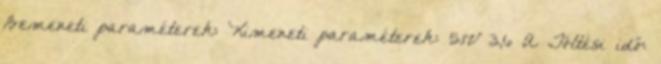
Bemeneti paraméterek: Kimeneti paraméterek: 5.1V 3,6 A Töltési idő: